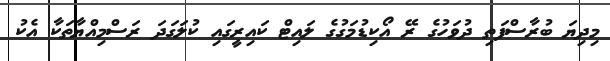
މިދިޔަ ބުރާސްފަތި ދުވަހުގެ ރޭ އޯކިޑުމަގުގެ ލައިޓް ކައިރީގައި ކުލަގަދަ ރަސްމިއްޔާތަކާ އެކު